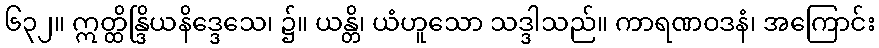
၆၃၂။ ဣတ္ထိန္ဒြိယနိဒ္ဒေသေ၊ ၌။ ယန္တိ၊ ယံဟူသော သဒ္ဒါသည်။ ကာရဏဝဒနံ၊ အကြောင်း